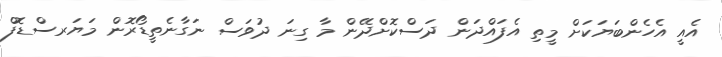
އެއީ އެހެންބަޔަކަށް މީތި އެފައްދަން ދަސްކޮށްދޭން މާ ގިނަ ދުވަސް ނަގާނެތީޑޯރޮން މަޔަރސްޑޮފް